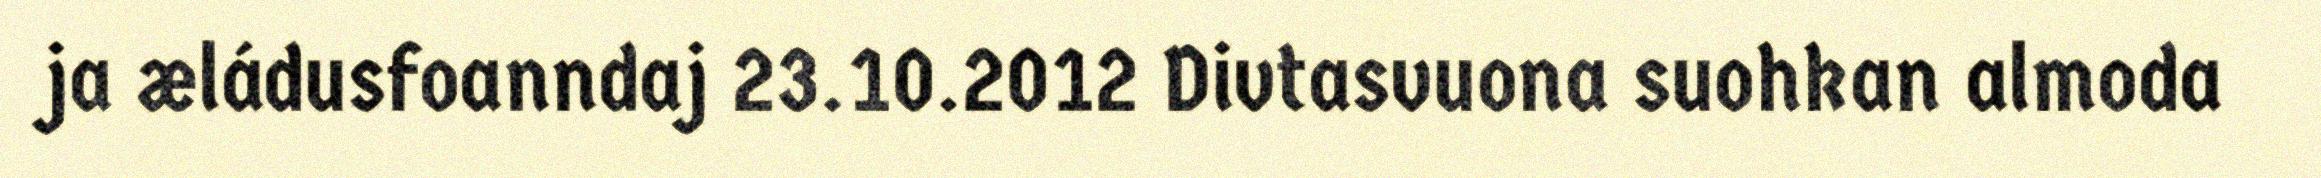
ja æládusfoanndaj 23.10.2012 Divtasvuona suohkan almoda